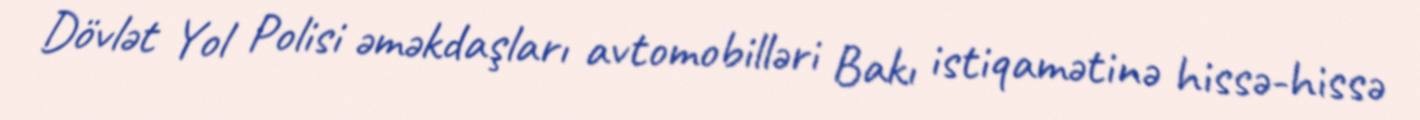
Dövlət Yol Polisi əməkdaşları avtomobilləri Bakı istiqamətinə hissə-hissə